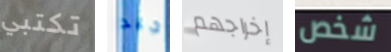
تكتبي جيد إخراجهم شخص